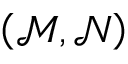
\left( \mathcal { M } , \mathcal { N } \right)